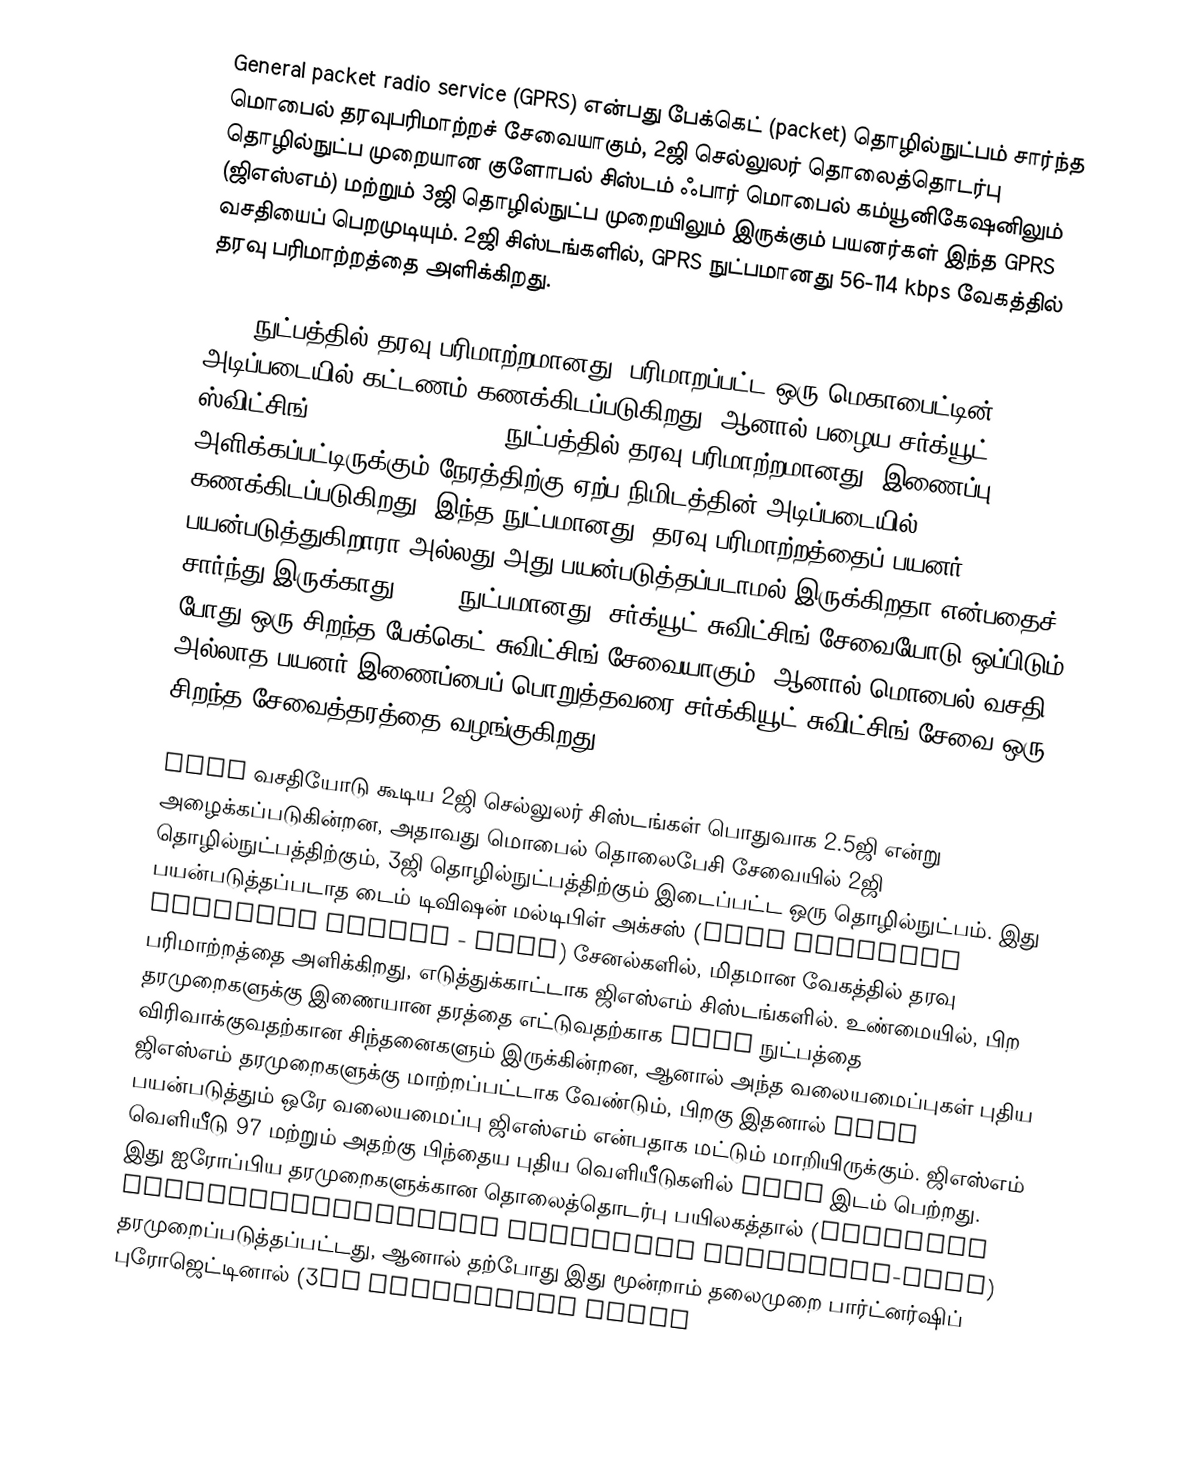
General packet radio service (GPRS) என்பது பேக்கெட் (packet) தொழில்நுட்பம் சார்ந்த மொபைல் தரவுபரிமாற்றச் சேவையாகும், 2ஜி செல்லுலர் தொலைத்தொடர்பு தொழில்நுட்ப முறையான குளோபல் சிஸ்டம் ஃபார் மொபைல் கம்யூனிகேஷனிலும் (ஜிஎஸ்எம்) மற்றும் 3ஜி தொழில்நுட்ப முறையிலும் இருக்கும் பயனர்கள் இந்த GPRS வசதியைப் பெறமுடியும். 2ஜி சிஸ்டங்களில், GPRS நுட்பமானது 56-114 kbps வேகத்தில் தரவு பரிமாற்றத்தை அளிக்கிறது.

GPRS நுட்பத்தில் தரவு பரிமாற்றமானது, பரிமாறப்பட்ட ஒரு மெகாபைட்டின் அடிப்படையில் கட்டணம் கணக்கிடப்படுகிறது, ஆனால் பழைய சர்க்யூட் ஸ்விட்சிங் (circuit switching) நுட்பத்தில் தரவு பரிமாற்றமானது, இணைப்பு அளிக்கப்பட்டிருக்கும் நேரத்திற்கு ஏற்ப நிமிடத்தின் அடிப்படையில் கணக்கிடப்படுகிறது, இந்த நுட்பமானது, தரவு பரிமாற்றத்தைப் பயனர் பயன்படுத்துகிறாரா அல்லது அது பயன்படுத்தப்படாமல் இருக்கிறதா என்பதைச் சார்ந்து இருக்காது. GPRS நுட்பமானது, சர்க்யூட் சுவிட்சிங் சேவையோடு ஒப்பிடும் போது ஒரு சிறந்த பேக்கெட் சுவிட்சிங் சேவையாகும், ஆனால் மொபைல் வசதி அல்லாத பயனர் இணைப்பைப் பொறுத்தவரை சர்க்கியூட் சுவிட்சிங் சேவை ஒரு சிறந்த சேவைத்தரத்தை வழங்குகிறது.

GPRS வசதியோடு கூடிய 2ஜி செல்லுலர் சிஸ்டங்கள் பொதுவாக 2.5ஜி என்று அழைக்கப்படுகின்றன, அதாவது மொபைல் தொலைபேசி சேவையில் 2ஜி தொழில்நுட்பத்திற்கும், 3ஜி தொழில்நுட்பத்திற்கும் இடைப்பட்ட ஒரு தொழில்நுட்பம். இது பயன்படுத்தப்படாத டைம் டிவிஷன் மல்டிபிள் அக்சஸ் (time division multiple access - TDMA) சேனல்களில், மிதமான வேகத்தில் தரவு பரிமாற்றத்தை அளிக்கிறது, எடுத்துக்காட்டாக ஜிஎஸ்எம் சிஸ்டங்களில். உண்மையில், பிற தரமுறைகளுக்கு இணையான தரத்தை எட்டுவதற்காக GPRS நுட்பத்தை விரிவாக்குவதற்கான சிந்தனைகளும் இருக்கின்றன, ஆனால் அந்த வலையமைப்புகள் புதிய ஜிஎஸ்எம் தரமுறைகளுக்கு மாற்றப்பட்டாக வேண்டும், பிறகு இதனால் GPRS பயன்படுத்தும் ஒரே வலையமைப்பு ஜிஎஸ்எம் என்பதாக மட்டும் மாறியிருக்கும். ஜிஎஸ்எம் வெளியீடு 97 மற்றும் அதற்கு பிந்தைய புதிய வெளியீடுகளில் GPRS இடம் பெற்றது. இது ஐரோப்பிய தரமுறைகளுக்கான தொலைத்தொடர்பு பயிலகத்தால் (European Telecommunications Standards Institute-ETSI) தரமுறைப்படுத்தப்பட்டது, ஆனால் தற்போது இது மூன்றாம் தலைமுறை பார்ட்னர்ஷிப் புரோஜெட்டினால் (3rd Generation Partn